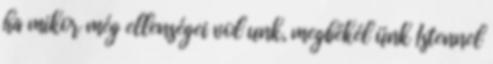
ha mikor még ellenségei vol unk, megbékél ünk Istennel